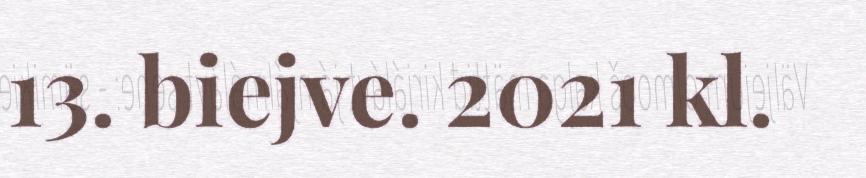
13. biejve. 2021 kl.